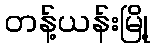
တန့်ယန်းမြို့